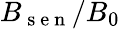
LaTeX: B_{\mathrm{~s~e~n~}}/B_{0}